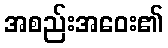
အစည်းအဝေး၏